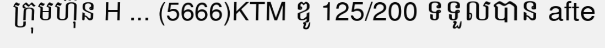
ក្រុមហ៊ុន H ... (5666)KTM ឌូ 125/200 ទទួលបាន afte